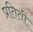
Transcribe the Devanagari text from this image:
प्रतिती